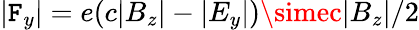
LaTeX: |\mathtt{F}_{y}|=e(c|B_{z}|-|E_{y}|)\simec|B_{z}|/2